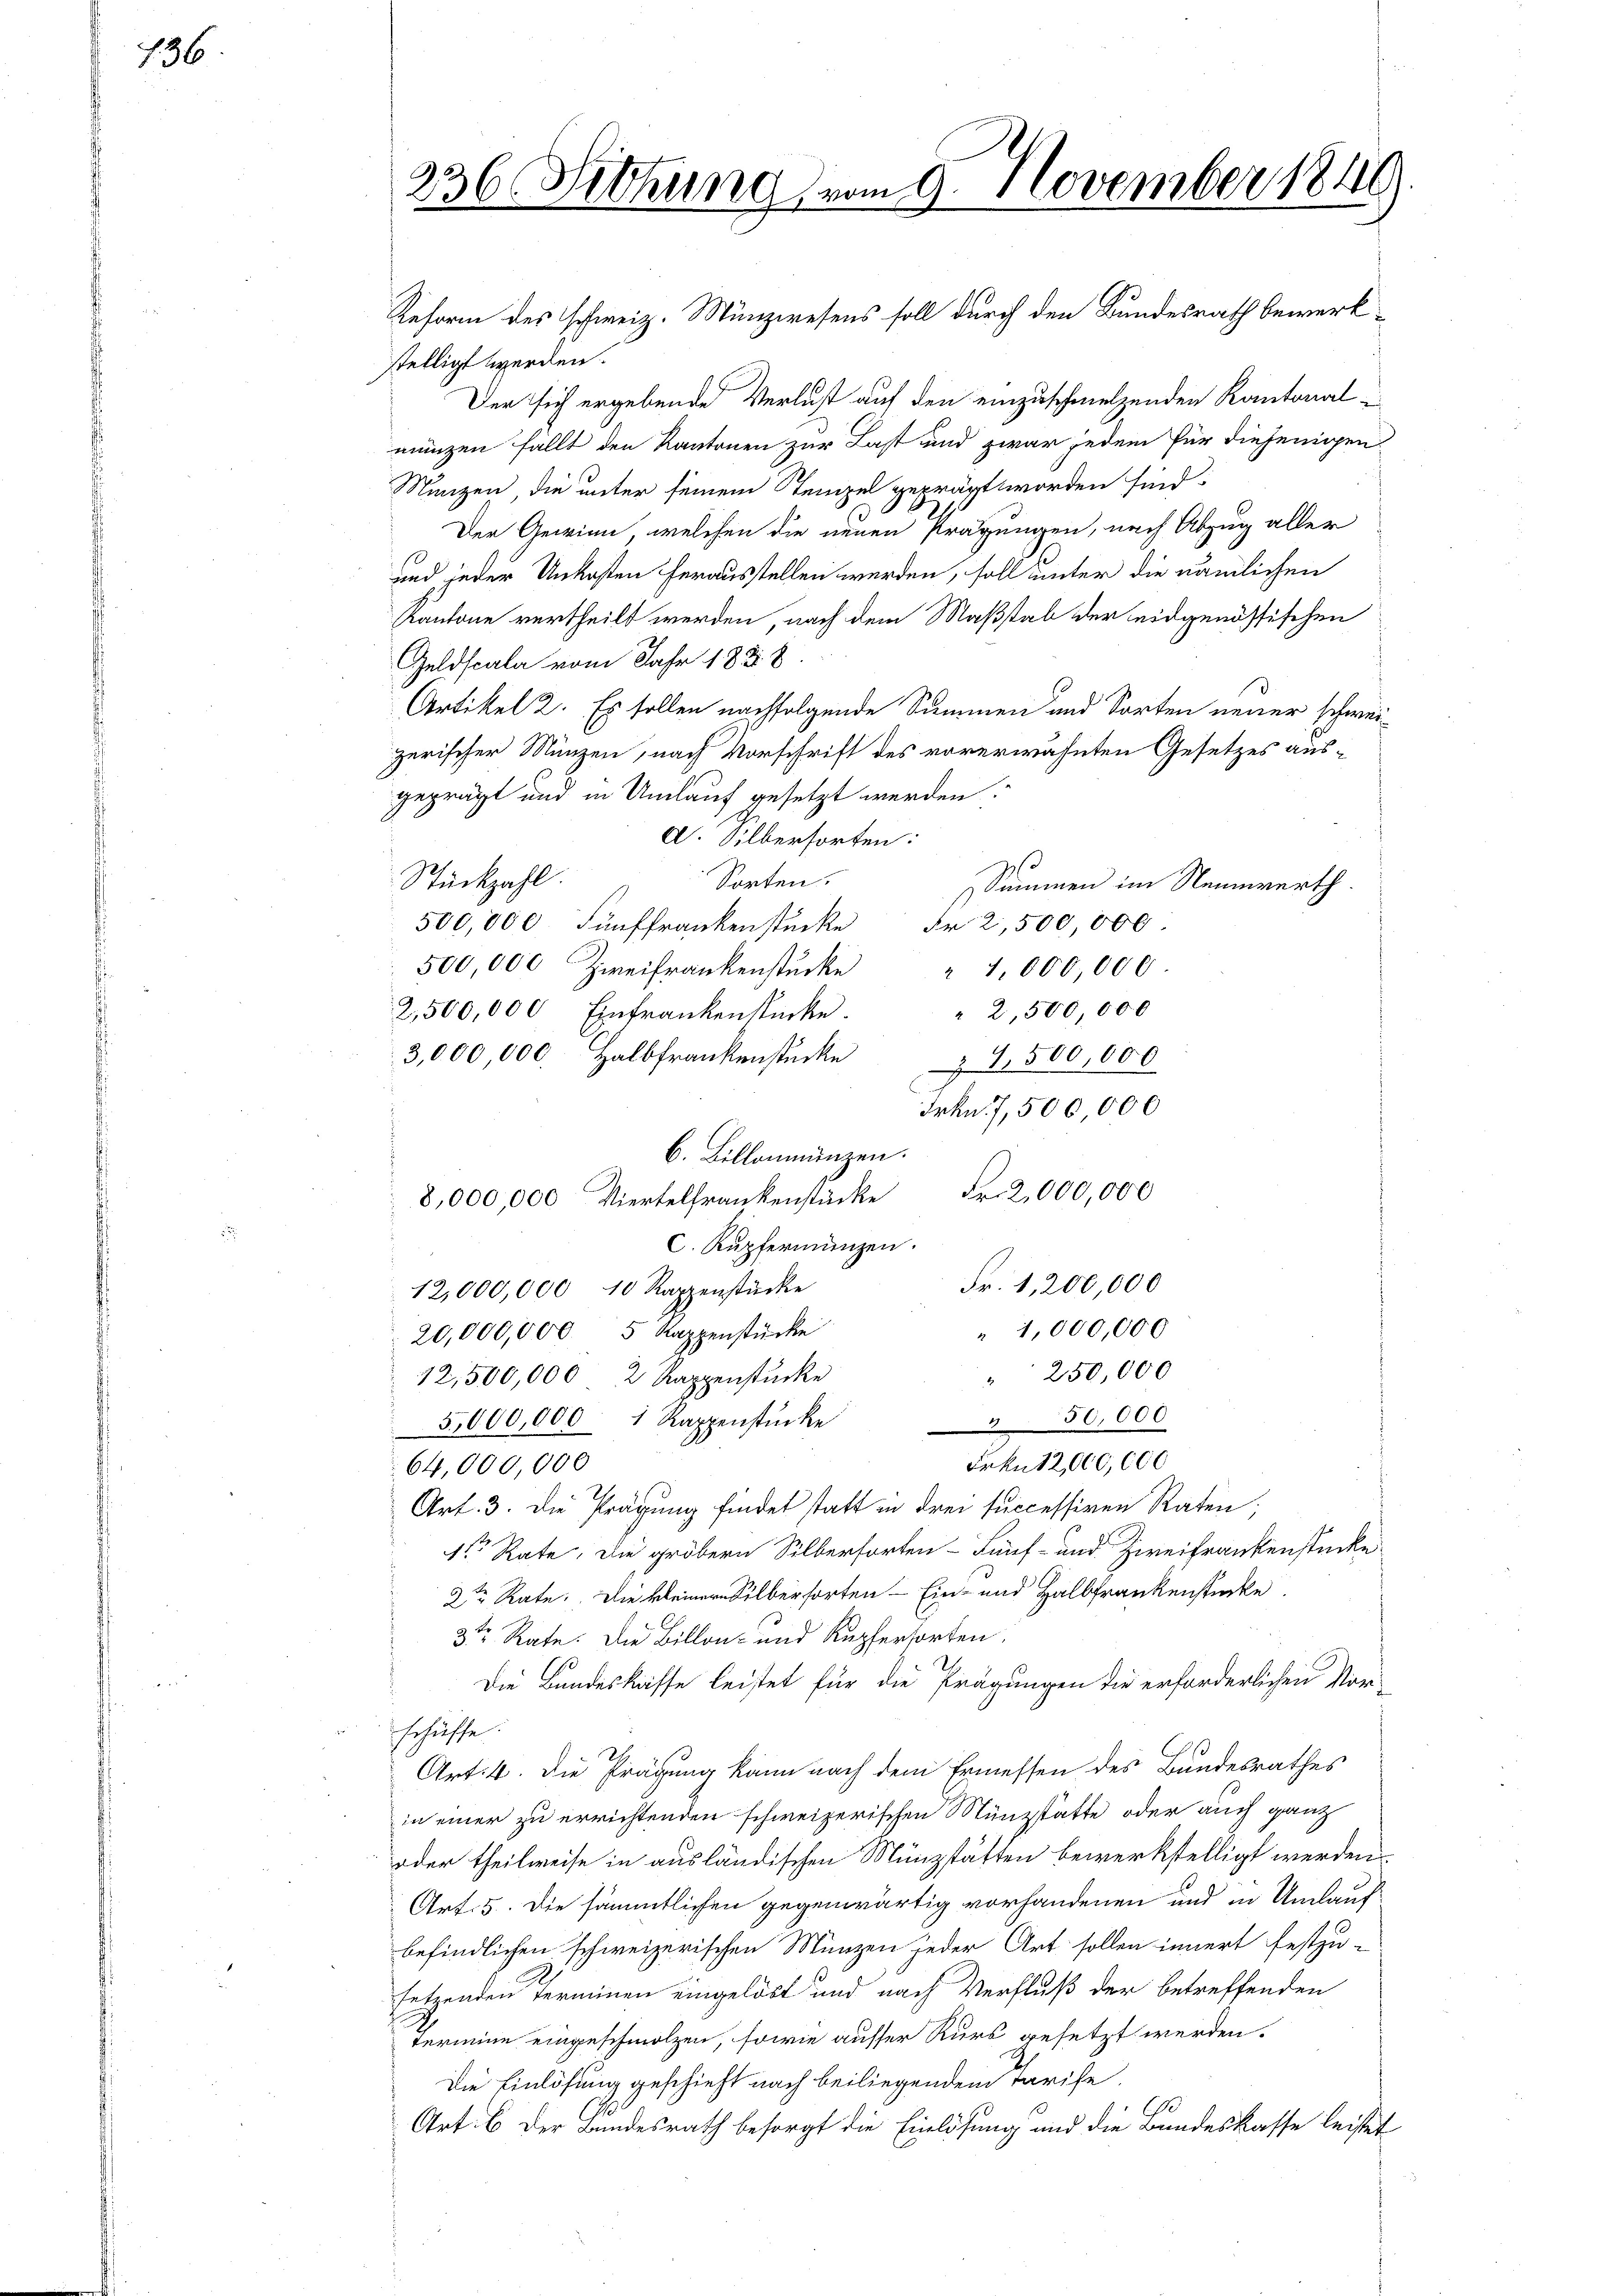
736

Reform des schweiz. Münzwesens soll durch den Bundesrath bewerkstelligt werden.
Der sich ergebende Verlust auf den einzuschmelzenden Kantonalmunzen fällt den Kantonen zur Last und zwar jedem für diejenigen
Nunzen, die unter seinem Stempel geprägt worden sind:
Der Gewinn, welchen die neuen Prägungen, nach Abzug aller
und jeder Unkosten herausstellen werden, soll unter die nämlichen
Kantone vertheilt werden nach dem Maßstab der eidgenössischen
Geldscala vom Jahr 1858.
Artikel 2. Es sollen nachfolgende Summen und Sorten neuer schwei
zerischer Münzen, nach Vorschrift des vorerwähnten Gesetzes aus-
geprägt und in Umlauf gesetzt werden:
C. Silberforten:
s
Stückzahl.
Sorten.
Summen im Neunwerth
500,000 Fünffrankenstücke Fr. 2,500 000
500,000 Zweifrankenstücke " 1,000,000
" 2,500 000
2,500,000 Einfrankenstücke.
3,000,000. Halbfrankenstücke 1,500,000
Frkn. 7,500,000
b. Billonmänzen.
8,000,000 Viertelfrankenstücke Fr. 2,000,000
C. Kupfermanzen.
Fr. 1,200,000
12,000,000 10 Rappenstücke
1,000,000
20,000,000 5 Rappenstücke
250,000
12,500,000 2 Kappenstücke
4
3,000,000 Rappenstücke
50,000
Frkn. 12,000,000
64,000,000
Art. 3. Die Prägung findet statt in drei successiven Raten;
1ter Rate, die gröbern Silberforden Fünf- und Zweifrankenstücke
2te Rate. Die kleiner Silbersorten - Ein- und Halbfrankenstücke.
3te Rate. Die Billon- und Kupfersorten,
Die Bundeskasse leistet für die Prägungen die erforderlichen Nomischäffe.
Art: 4. Die Prägung kann nach dem Ermessen des Bundesrathes
in einer zu errichtenden schweizerischen Münzstätte oder auch ganz
oder theilweise in ausländischen Münzstätten bewerkstelligt werden
Art. 5. Die sämmtlichen gegenwärtig vorhandenen und in Umlauf
befindlichen schweizerischen Münzen jeder Art sollen innert festzu-
seternden Terminen eingelöst und nach Verfluß der betreffenden
termeine eingeschmolzen, sowie ausser Kurs gesetzt werden.
Die Einlösung geschieht nach beiliegendem Tarife
60
Art. 6 der Bundesrath besorgt die Einlösung und die Bundeskasse leistet

236. Sitzung vom 9. November 1840
1